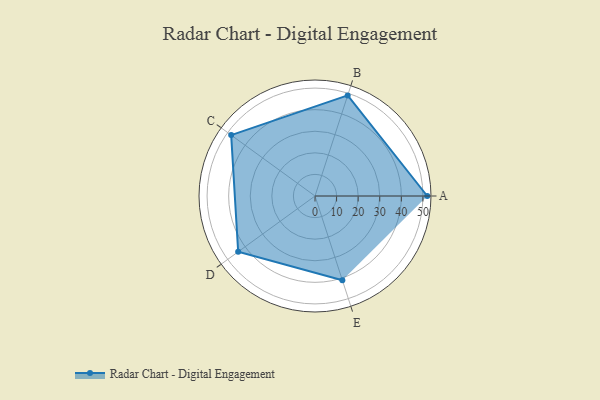
{"axis": {"x": "Skill", "y": "Score"}, "legend": ["Profile"], "data": [{"x": "A", "y": 52.0, "type": "Profile"}, {"x": "B", "y": 49.0, "type": "Profile"}, {"x": "C", "y": 48.0, "type": "Profile"}, {"x": "D", "y": 44.0, "type": "Profile"}, {"x": "E", "y": 41.0, "type": "Profile"}]}